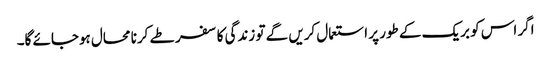
اگر اس کو بریک کے طور پر استعمال کریں گے تو زندگی کا سفر طے کرنا محال ہوجائے گا۔